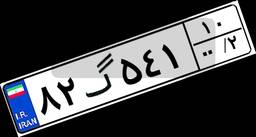
۳۹گ۴۷۹۲۱